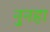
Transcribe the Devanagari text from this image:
नुनहा